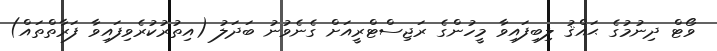
ވޯޓް ދިނުމުގެ ޙައްޤު ލިބިފައިވާ މީހުންގެ ރަޖިސްޓްރީއަށް ގެނެވުނު ބަދަލު (އިތުރުކުރެވިފައިވާ ފަރާތްތައް)